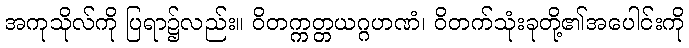
အကုသိုလ်ကို ပြရာ၌လည်း။ ဝိတက္ကတ္တယဂ္ဂဟဏံ၊ ဝိတက်သုံးခုတို့၏အပေါင်းကို